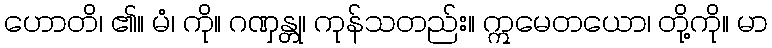
ဟောတိ၊ ၏။ မံ၊ ကို။ ဂဏှန္တု၊ ကုန်သတည်း။ ဣမေတယော၊ တို့ကို။ မာ